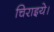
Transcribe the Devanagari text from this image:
चिराइये।